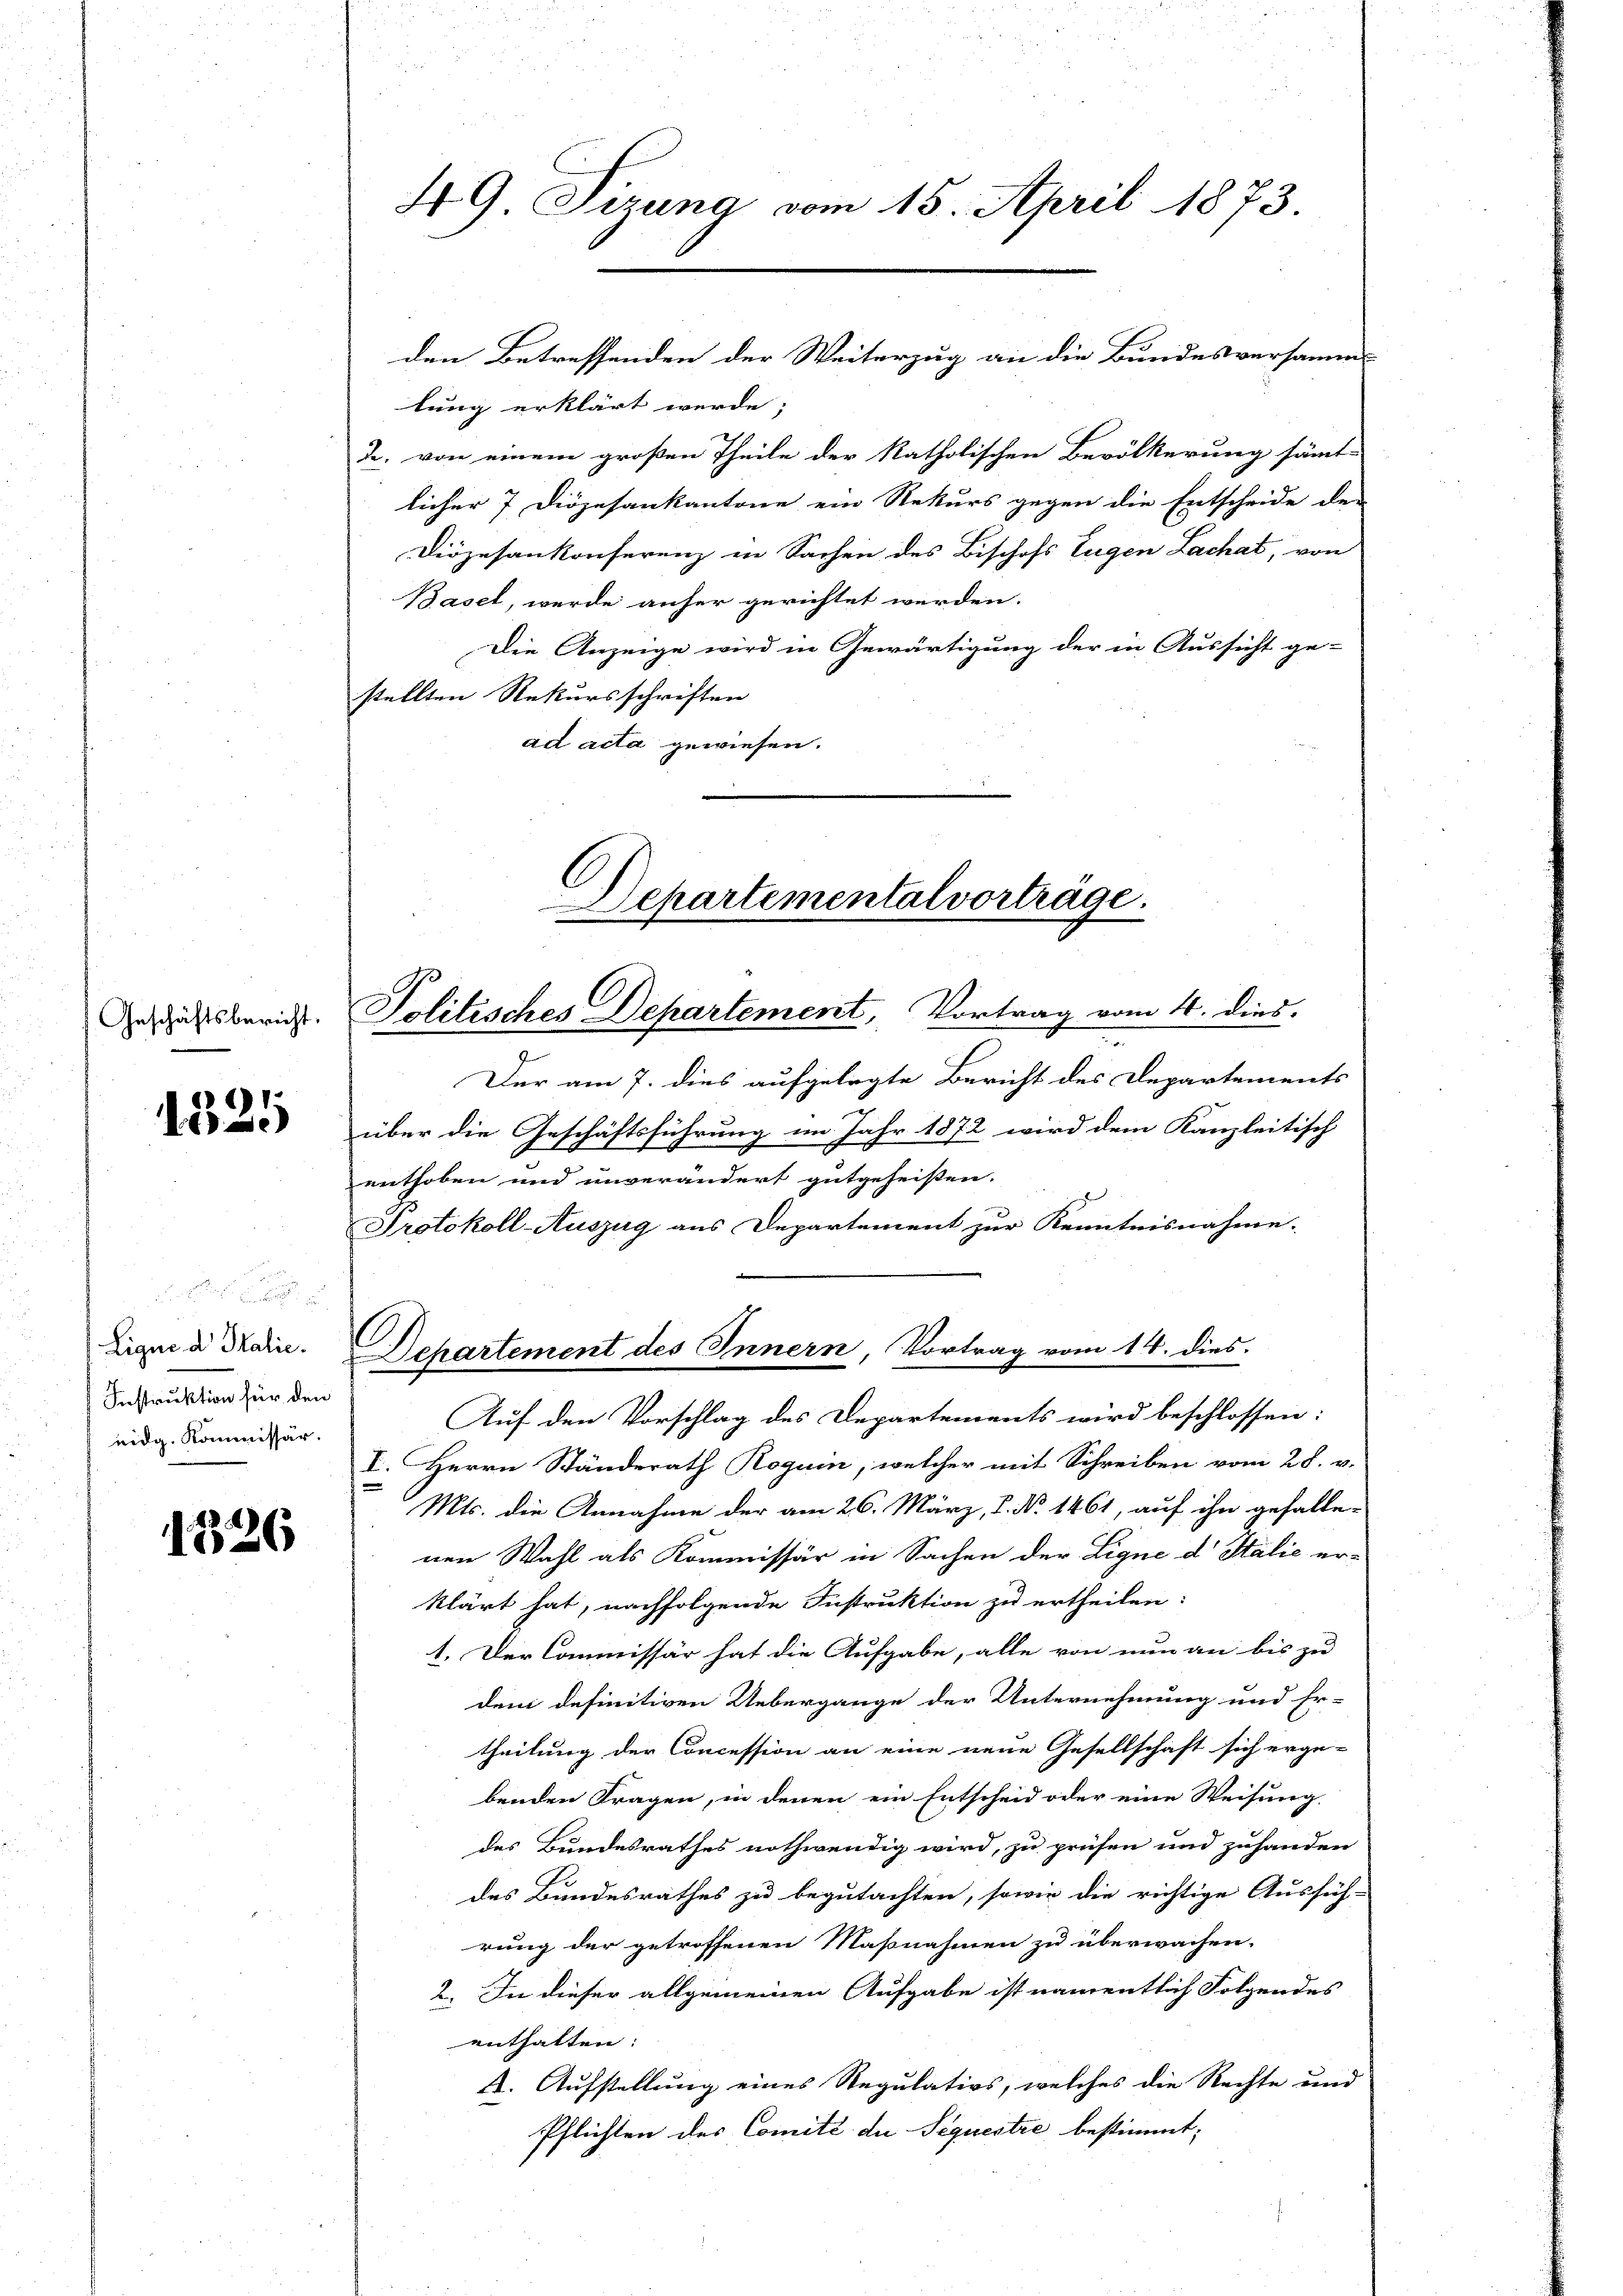
Geschäftsbericht.

661.
6)

Ligue d Italic.
Instruktion für den
eidg. Kommissär.

1326

49 Sizung vom 15. April 1873.

lung erklärt werde;
2. von einem großen Theile der katholischen Bevölkerung sämt-
licher 7 Diözesankantone ein Rekurs gegen die Entscheide der
Diözesankonferenz in Sachen des Bischofs Eugen Lachat, von
Basel, werde anher gerichtet werden.
Die Anzeige wird in Gewärtigung der in Aussicht ge-
stellten Rekursschriften
ad acta gewiesen.

den Betreffenden der Weiterzug an die Bundesversamm¬

Der am 7. dies aufgelegte Bericht des Departements
2
über die Geschäftsführung im Jahr 1872 wird dem Kanzleitisch
enthoben und unverändert gutgeheißen.
Protokoll-Auszug aus Departement zur Kenntnisnahme.

Departemental vorträge.
Politisches Departement, Vortrag vom 4. dies

Departement des Innern, Vortrag vom 14. dies

Auf den Vorschlag des Departements wird beschlossen:
I. Herrn Ständerath Rogum, welcher mit Schreiben vom 28. v.
Mts. die Annahme der am 26. März, 1. No. 1461, auf ihn gefalle-
nen Wahl als Kommissär in Sachen der Ligne d. Stalie er-
klärt hat, nachfolgende Instruktion zu ertheilen:
1. Der Commissär hat die Aufgabe, alle von nun an bis zu
dem definitiven Uebergange der Unternehmung und Er-
theilung der Concession an eine neue Gesellschaft sich erge-
benden Fragen, in denen ein Entscheid oder eine Weisung
des Bundesrathes nothwendig wird, zu prüfen und zuhanden
des Bundesrathes zu begutachten, sowie die richtige Ausfüh-
rung der getroffenen Maßnahmen zu überwachen.
2. In dieser allgemeinen Aufgabe ist namentlich Folgendes
enthalten:
4. Aufstellung eines Regulatios, welches die Rechte und
Pflichten des Comité du Sequestre bestimmt;